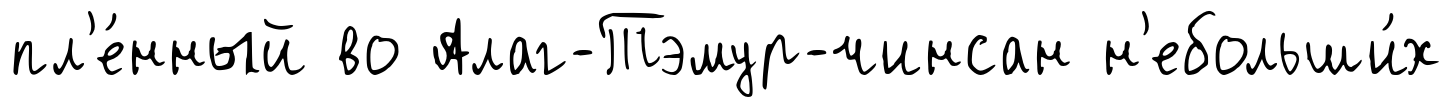
пл'е́нный во Алаг-Тэмур-чинсан н'ебольши́х